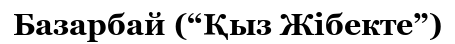
Базарбай (“Қыз Жібекте”)